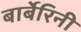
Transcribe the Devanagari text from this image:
बार्बेरिनी